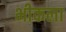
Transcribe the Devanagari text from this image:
भीकला